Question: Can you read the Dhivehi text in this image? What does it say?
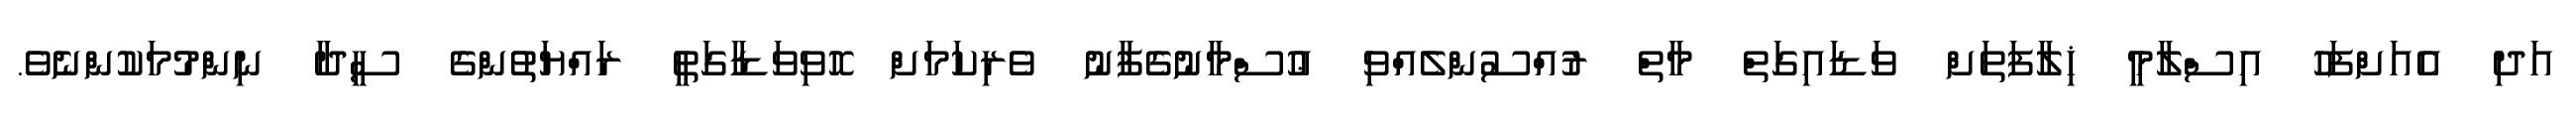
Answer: އަދި އެއަށްފަހު އިސްލާމީ ޚިލާފަތަށް ވަޑައިގަތް މާތް ރުއްސުންލެއްވި ޢުސްމާނުގެފާނު ވެރިކަމަށް ހޮވިވަޑާގަތީ ރައްޔަތުންގެ ސީދާ ނިންމުމަކުންނެވެ.